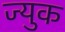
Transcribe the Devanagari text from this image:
ज्युक